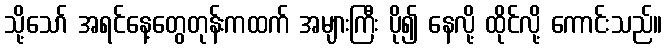
သို့သော် အရင်နေ့တွေတုန်းကထက် အများကြီး ပို၍ နေလို့ ထိုင်လို့ ကောင်းသည်။